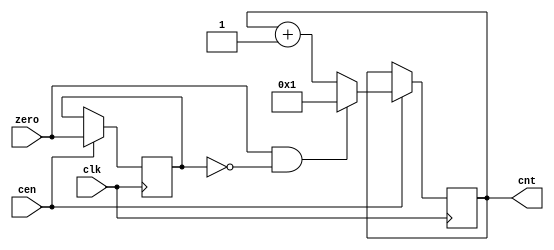
module sep32_cnt(
    input           clk,
    input           cen,
    input           zero,
    output reg [4:0]    cnt
    );

reg last_zero;

always @(posedge clk) if(cen) begin : proc_cnt
    last_zero <= zero;
    cnt <= (zero&&!last_zero) ? 5'd1 : cnt + 5'b1;
end

endmodule